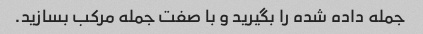
جمله داده شده را بگیرید و با صفت جمله مرکب بسازید.